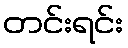
တင်းရင်း